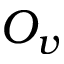
O _ { v }